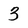
Character: 3